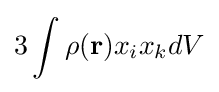
3\int \rho (\mathbf {r} )x_{i}x_{k}dV